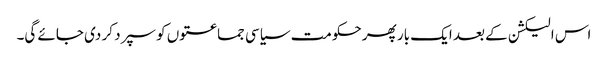
اس الیکشن کے بعد ایک بار پھر حکومت سیاسی جماعتوں کو سپرد کر دی جائے گی۔